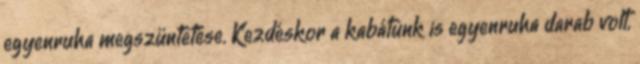
egyenruha megszüntetése. Kezdéskor a kabátunk is egyenruha darab volt,